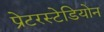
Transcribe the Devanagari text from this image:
प्रेटरस्टेडियोन